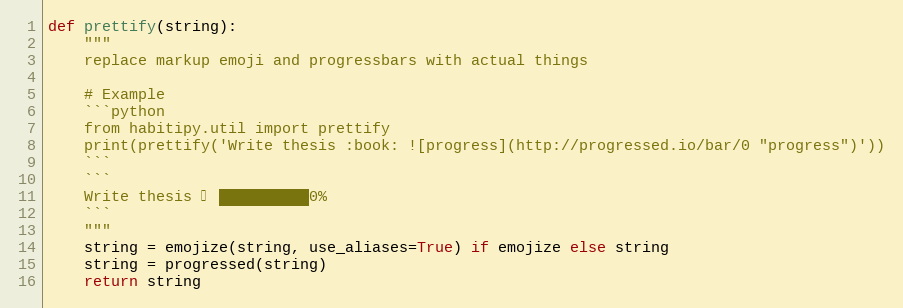
Language: Python
def prettify(string):
    """
    replace markup emoji and progressbars with actual things

    # Example
    ```python
    from habitipy.util import prettify
    print(prettify('Write thesis :book: ![progress](http://progressed.io/bar/0 "progress")'))
    ```
    ```
    Write thesis 📖 ██████████0%
    ```
    """
    string = emojize(string, use_aliases=True) if emojize else string
    string = progressed(string)
    return string